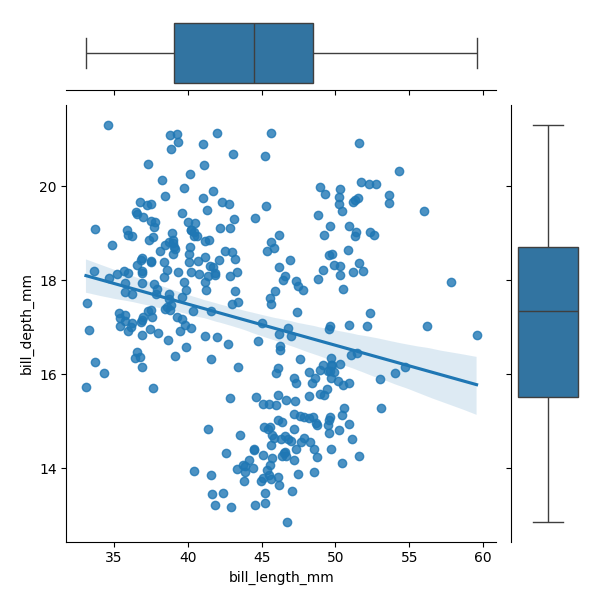
python, seaborn, JointGrid, regplot, boxplot